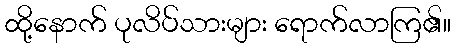
ထို့နောက် ပုလိပ်သားများ ရောက်လာကြ၏။